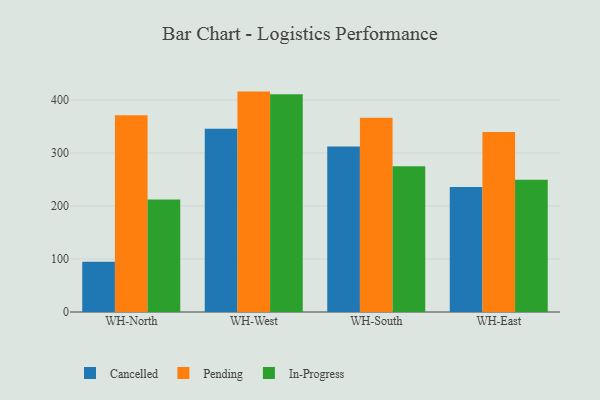
{"axis": {"x": "Warehouse", "y": "Customer Acquisition Cost (USD)"}, "legend": ["Cancelled", "In-Progress", "Pending"], "data": [{"x": "WH-North", "y": 94.8, "type": "Cancelled"}, {"x": "WH-North", "y": 371.4, "type": "Pending"}, {"x": "WH-North", "y": 212.3, "type": "In-Progress"}, {"x": "WH-West", "y": 345.9, "type": "Cancelled"}, {"x": "WH-West", "y": 415.8, "type": "Pending"}, {"x": "WH-West", "y": 411.0, "type": "In-Progress"}, {"x": "WH-South", "y": 312.3, "type": "Cancelled"}, {"x": "WH-South", "y": 366.4, "type": "Pending"}, {"x": "WH-South", "y": 274.8, "type": "In-Progress"}, {"x": "WH-East", "y": 236.0, "type": "Cancelled"}, {"x": "WH-East", "y": 339.6, "type": "Pending"}, {"x": "WH-East", "y": 249.5, "type": "In-Progress"}]}